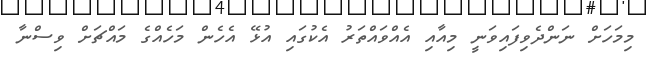
މިމަހަށް ނަންދެވިފައިވަނީ މިއާއި އެއްވައްތަރު އެކުގައި އުޅޭ އެހެން މަހެއްގެ މައްޗަށް ވިސްނާ